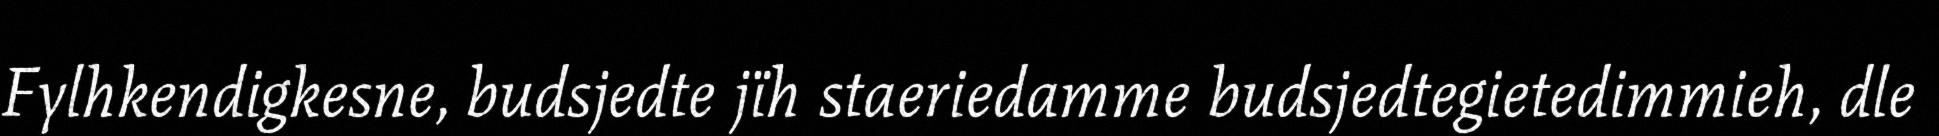
Fylhkendigkesne, budsjedte jïh staeriedamme budsjedtegietedimmieh, dle